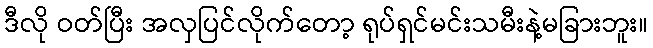
ဒီလို ဝတ်ပြီး အလှပြင်လိုက်တော့ ရုပ်ရှင်မင်းသမီးနဲ့မခြားဘူး။